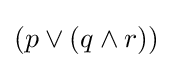
(p\lor (q\land r))